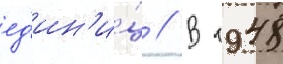
ед'ин'и́ц // В 1948